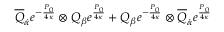
\overline { { { Q } } } _ { \dot { \alpha } } e ^ { - { \frac { P _ { 0 } } { 4 \kappa } } } \otimes Q _ { \beta } e ^ { \frac { P _ { 0 } } { 4 \kappa } } + Q _ { \beta } e ^ { - { \frac { P _ { 0 } } { 4 \kappa } } } \otimes \overline { { { Q } } } _ { \dot { \alpha } } e ^ { \frac { P _ { 0 } } { 4 \kappa } }